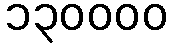
၁၃၀၀၀၀